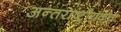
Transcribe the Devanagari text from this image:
अन्तराष्ट्रीयकृत